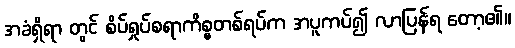
အခံရှိရာ တွင် စိပ်ရှုပ်စရာကိစ္စတစ်ရပ်က အပူကပ်၍ လာပြန်ရ တော့၏။